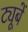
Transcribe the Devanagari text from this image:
ट्यूबें